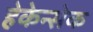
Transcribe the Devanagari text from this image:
हेकेन्सेक